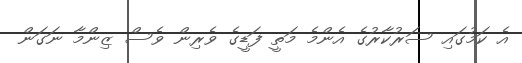
އެ ކަމުގައި ސަރުކާރުގެ އެންމެ މަތީ ފަޑީގެ ވެރިން ވެސް ޒިންމާ ނަގަން